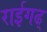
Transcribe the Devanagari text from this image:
राईगढ्